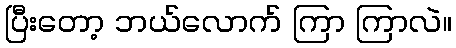
ပြီးတော့ ဘယ်လောက် ကြာ ကြာလဲ။